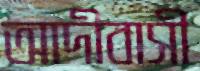
আদীবাসী